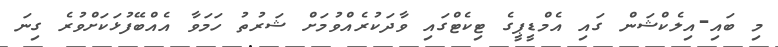
މި ބައި-އިލެކްޝަން ގައި އެމްޑީޕީގެ ޓިކެޓްގައި ވާދަކުރެއްވުމަށް ޝަރުތު ހަމަވާ އެއްބޭފުޅަކަށްވުރެ ގިނަ